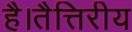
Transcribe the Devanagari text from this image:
है।तैत्तिरीय